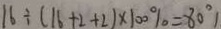
1 6 \div ( 1 6 + 2 + 2 ) \times 1 0 0 \% = 8 0 ^ { \circ }